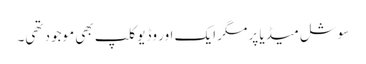
سوشل میڈیا پر مگر ایک اور وڈیو کلپ بھی موجود تھی۔